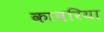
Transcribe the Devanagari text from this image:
काबरिया